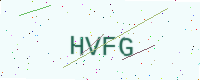
Text: HVFG